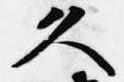
久